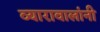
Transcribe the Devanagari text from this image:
व्यारावालांनी